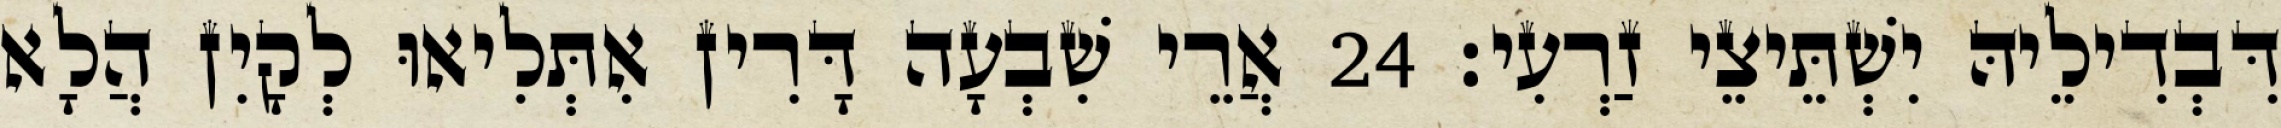
דִּבְדִילֵיהּ יִשְׁתֵּיצֵי זַרְעִי׃ 24 אֲרֵי שִׁבְעָה דָּרִין אִתְּלִיאוּ לְקָיִן הֲלָא